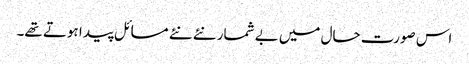
اس صورت حال میں بے شمار نئے نئے مسائل پیدا ہوتے تھے۔